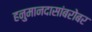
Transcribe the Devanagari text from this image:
हनुमानदासांबरोबर